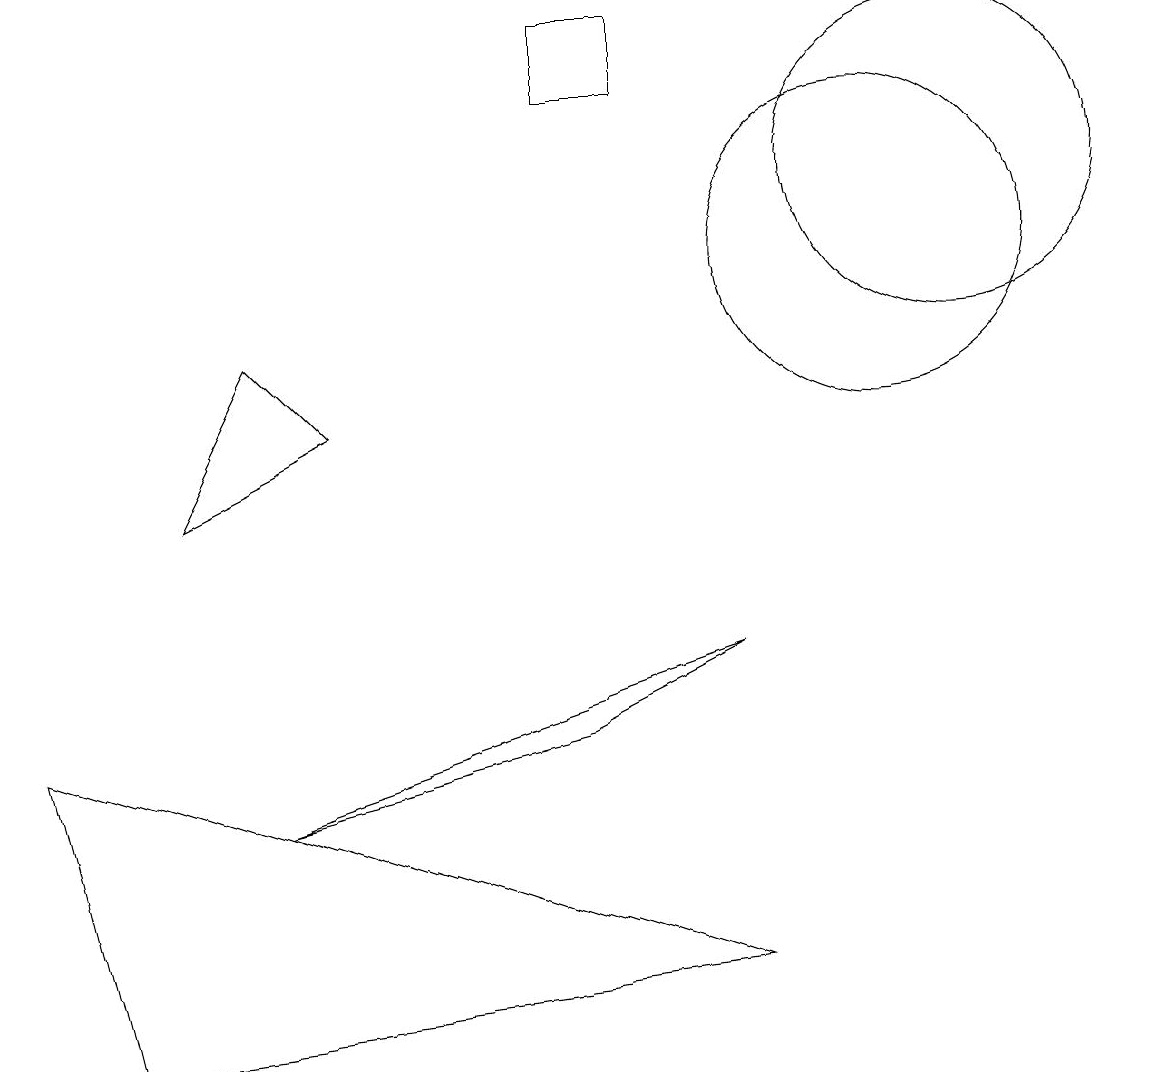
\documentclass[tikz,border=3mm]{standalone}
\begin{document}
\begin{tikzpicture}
\draw (11,10) circle (2);
\draw (9,5) -- (7,4) -- (3,3) -- cycle;
\draw (2,7) -- (3,9) -- (4,8) -- cycle;
\draw (8,13) rectangle (7,12);
\draw (12,11) circle (2);
\draw (1,0) -- (9,1) -- (0,4) -- cycle;
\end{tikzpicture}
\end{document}